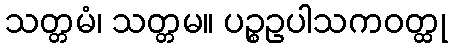
သတ္တမံ၊ သတ္တမ။ ပဉ္စဥပါသကဝတ္ထု